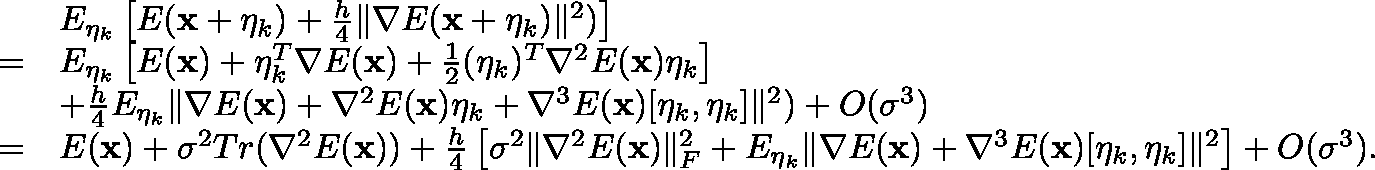
\begin{array} { r l } & { \mathbb { E } _ { { \mathbf { \eta } } _ { k } } \left[ E ( \mathbf { x } + { \mathbf { \eta } } _ { k } ) + \frac { h } { 4 } \| \nabla E ( \mathbf { x } + { \mathbf { \eta } } _ { k } ) \| ^ { 2 } ) \right] } \\ { = } & { \mathbb { E } _ { { \mathbf { \eta } } _ { k } } \left[ E ( \mathbf { x } ) + { \mathbf { \eta } } _ { k } ^ { T } \nabla E ( \mathbf { x } ) + \frac { 1 } { 2 } ( { \mathbf { \eta } } _ { k } ) ^ { T } \nabla ^ { 2 } E ( \mathbf { x } ) { \mathbf { \eta } } _ { k } \right] } \\ & { + \frac { h } { 4 } \mathbb { E } _ { { \mathbf { \eta } } _ { k } } \| \nabla E ( \mathbf { x } ) + \nabla ^ { 2 } E ( \mathbf { x } ) { \mathbf { \eta } } _ { k } + \nabla ^ { 3 } E ( \mathbf { x } ) [ { \mathbf { \eta } } _ { k } , { \mathbf { \eta } } _ { k } ] \| ^ { 2 } ) + O ( \sigma ^ { 3 } ) } \\ { = } & { E ( \mathbf { x } ) + \sigma ^ { 2 } T r ( \nabla ^ { 2 } E ( \mathbf { x } ) ) + \frac { h } { 4 } \left[ \sigma ^ { 2 } \| \nabla ^ { 2 } E ( \mathbf { x } ) \| _ { F } ^ { 2 } + \mathbb { E } _ { { \mathbf { \eta } } _ { k } } \| \nabla E ( \mathbf { x } ) + \nabla ^ { 3 } E ( \mathbf { x } ) [ { \mathbf { \eta } } _ { k } , { \mathbf { \eta } } _ { k } ] \| ^ { 2 } \right] + O ( \sigma ^ { 3 } ) . } \end{array}